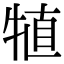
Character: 犆